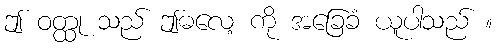
ဤ ဝတ္ထု သည် ဤဓလေ့ ကို အခြေခံ ယူပါသည် ။